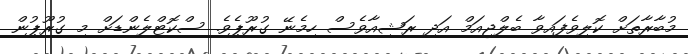
މުބާރާތަށް ކޮލިވެފައިވާ ބެލްޖިއަމް އަދި ރަޝިއާވެސް ހިމެނޭ ގުރޫޕެވެ. ސްކޮޓްލެންޑަށް މި ގުރޫޕުން